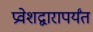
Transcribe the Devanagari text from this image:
प्रवेशद्वारापर्यंत